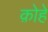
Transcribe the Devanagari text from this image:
क़ोहे